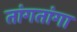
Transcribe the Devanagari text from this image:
तांगतांगा